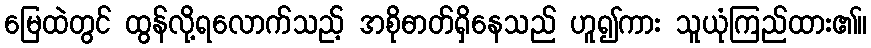
မြေထဲတွင် ထွန်လို့ရလောက်သည့် အစိုဓာတ်ရှိနေသည် ဟူ၍ကား သူယုံကြည်ထား၏။